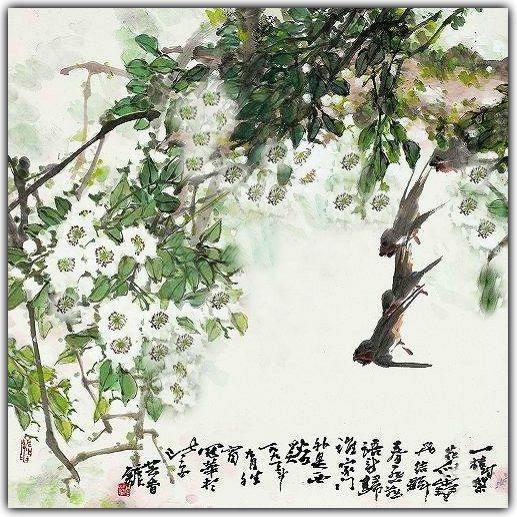
黄昏庭院柳啼鸦，记得那人，和月折梨花。